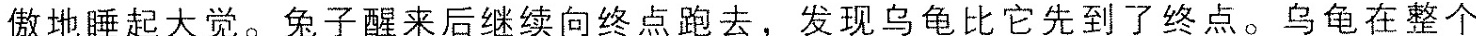
傲地睡起大觉。兔子醒来后继续向终点跑去，发现乌龟比它先到了终点。乌龟在整个